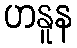
ဟနူန